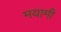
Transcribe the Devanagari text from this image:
मयामी